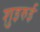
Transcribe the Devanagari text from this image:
शुइरुई